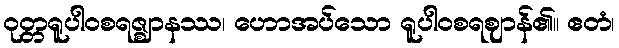
ဝုတ္တရူပါဝစရဇ္ဈာနဿ၊ ဟောအပ်သော ရူပါဝစရဈာန်၏။ ဧတံ၊